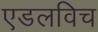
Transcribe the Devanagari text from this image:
एडलविच